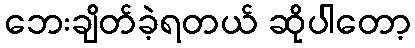
ဘေးချိတ်ခဲ့ရတယ် ဆိုပါတော့